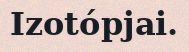
Izotópjai.